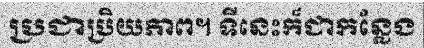
ប្រជាប្រិយភាព។ ទីនេះក៏ជាកន្លែង